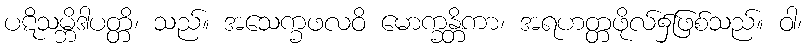
ပဋိသမ္ဘိဒါပတ္တိ၊ သည်။ အသေက္ခဖလဝိ မောက္ခန္တိကာ၊ အရဟတ္တဖိုလ်၌ဖြစ်သည်။ ဝါ၊